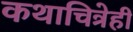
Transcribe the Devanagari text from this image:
कथाचित्रेही